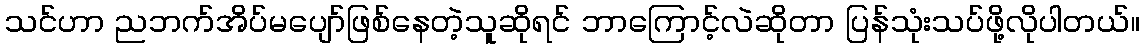
သင်ဟာ ညဘက်အိပ်မပျော်ဖြစ်နေတဲ့သူဆိုရင် ဘာကြောင့်လဲဆိုတာ ပြန်သုံးသပ်ဖို့လိုပါတယ်။